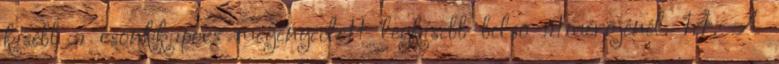
kisebb a csonkkapocs megengedett legkisebb belsõ átmérõjénél. 1.4. A